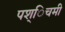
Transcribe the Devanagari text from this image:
पश्िचमी